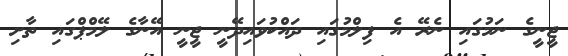
ޖީނީގެ ނަމުގައި ނެރޭ އެ ފިލްމުގައި ދައްކުވައިދޭނީ ޖީނީ އޭނާގެ ލޭމްޕްގައި ތާށި